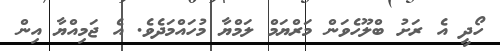
ހޯދީ އެ ރަށު ބްލޫހެވަން މަރްޔަމް ލަމްޔާ މުހައްމަދެވެ. އެ ޖަމިއްޔާ އިން